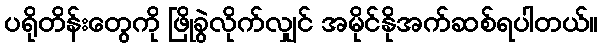
ပရိုတိန်းတွေကို ဖြိုခွဲလိုက်လျှင် အမိုင်နိုအက်ဆစ်ရပါတယ်။